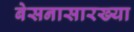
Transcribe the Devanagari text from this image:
बेसनासारख्या